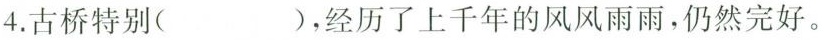
4.古桥特别( )，经历了上千年的风风雨雨，仍然完好。